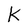
Character: K